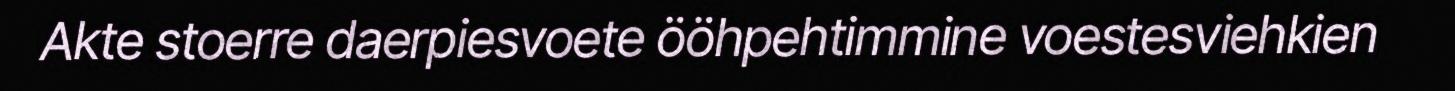
Akte stoerre daerpiesvoete ööhpehtimmine voestesviehkien